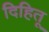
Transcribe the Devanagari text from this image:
दिहितू